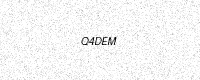
Text: Q4DEM